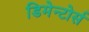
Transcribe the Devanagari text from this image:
डिमेन्टोर्स